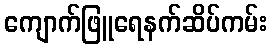
ကျောက်ဖြူရေနက်ဆိပ်ကမ်း